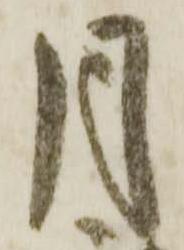
月